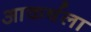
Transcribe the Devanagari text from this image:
आकर्षला